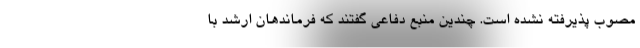
مصوب پذیرفته نشده است. چندین منبع دفاعی گفتند که فرماندهان ارشد با